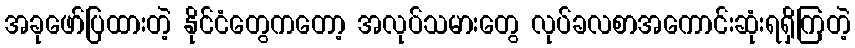
အခုဖော်ပြထားတဲ့ နိုင်ငံတွေကတော့ အလုပ်သမားတွေ လုပ်ခလစာအကောင်းဆုံးရရှိကြတဲ့